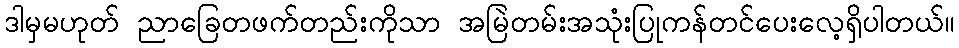
ဒါမှမဟုတ် ညာခြေတဖက်တည်းကိုသာ အမြဲတမ်းအသုံးပြုကန်တင်ပေးလေ့ရှိပါတယ်။